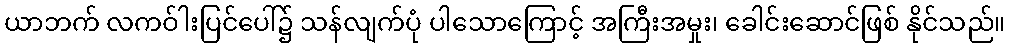
ယာဘက် လကဝ်ါးပြင်ပေါ်၌ သန်လျက်ပုံ ပါသောကြောင့် အကြီးအမှုး၊ ခေါင်းဆောင်ဖြစ် နိုင်သည်။